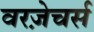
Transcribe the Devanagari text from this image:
वरज़ेचर्स